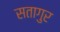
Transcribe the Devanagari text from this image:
सतागुर